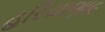
હરિયાણા૯